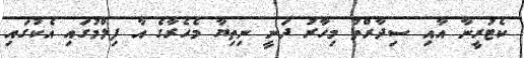
ކެޓުރީނާ އާއި ސިދާރްތު މިހާރު ދަނީ ނިތިޔާ މެހެރާގެ އާ ފިލްމުގައި އެކުގައި